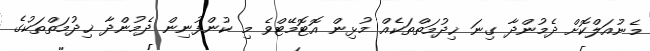
މެނުއަލްކޮށް ދެމުންދާ ގިނަ ޚިދުމަތްތަކެއް މުޅިން އޮޓޮމޭޓްވެ މި ކުންފުނިން ދެމުންދާ ޚިދުމަތްތަކުގެ